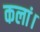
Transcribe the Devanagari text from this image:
कलां।